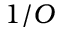
1 / O